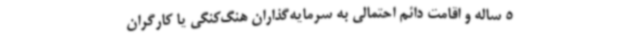
5 ساله و اقامت دائم احتمالی به سرمایه‌گذاران هنگ‌کنگی یا کارگران